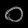
Digit: ၀